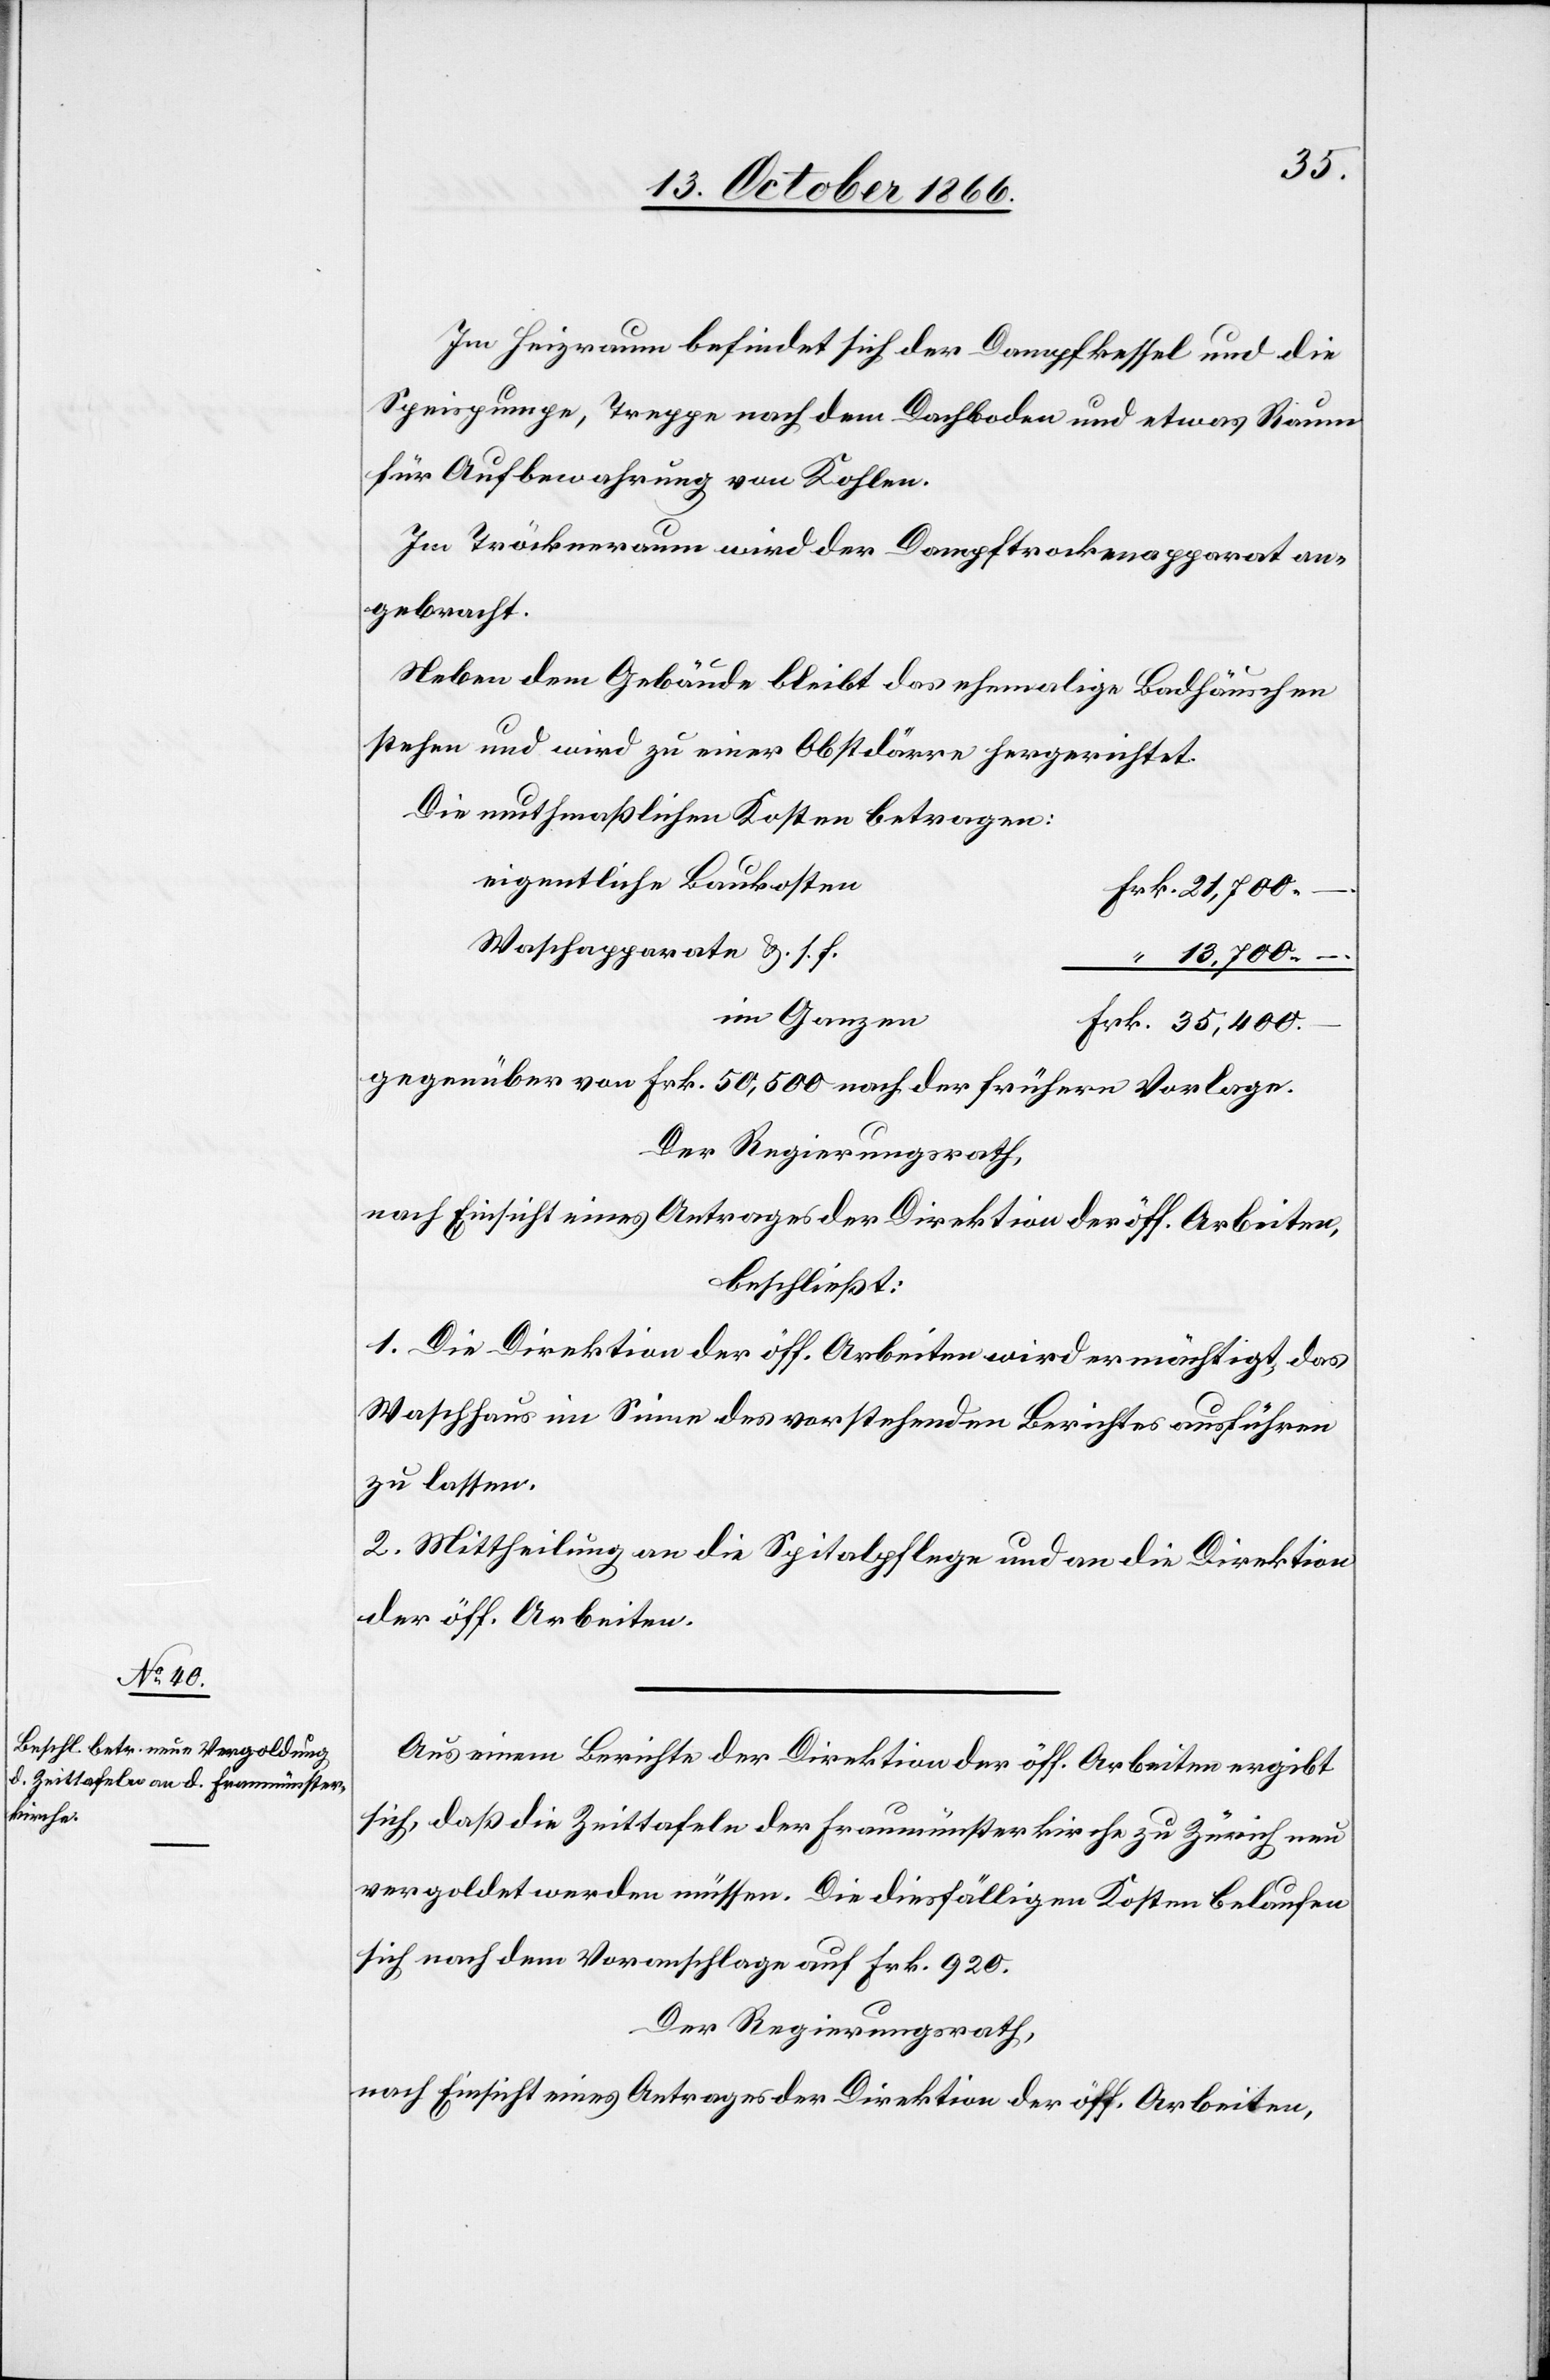
Im Heizraum befindet sich der Dampfkessel und die
[eine] Treppe nach dem Dachboden und etwas Raum
für Aufbewahrung von Kohlen.
Im Tröckneraum wird der Dampftrockenapparat an¬
gebracht.
Neben dem Gebäude bleibt das ehemalige Badhäuschen
stehen und wird zu einer Obstdörre hergerichtet.
Die muthmaßlichen Kosten betragen:
eigentliche Baukosten
Waschapparate u. s. f.
13 700.–
im Ganzen
gegenüber von Frk. 50 500 nach der frühern Vorlage.
Der Regierungsrath,
nach Einsicht eines Antrages der Direktion der öff. Arbeiten,
beschließt:
1. Die Direktion der öff. Arbeiten wird ermächtigt, das
Waschhaus im Sinne des vorstehenden Berichtes ausführen
zu lassen.
2. Mittheilung an die Spitalpflege und an die Direktion
der öff. Arbeiten.
Aus einem Berichte der Direktion der öff. Arbeiten ergibt
sich, daß die Zeittafeln der Fraumünsterkirche zu Zürich neu
vergoldet werden müssen. Die diesfälligen Kosten belaufen
sich nach dem Voranschlage auf Frk. 920.
Der Regierungsrath,
nach Einsicht eines Antrages der Direktion der öff. Arbeiten,